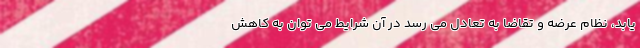
یابد، نظام عرضه و تقاضا به تعادل می رسد در آن شرایط می توان به کاهش